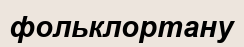
фольклортану